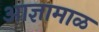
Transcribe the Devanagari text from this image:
आज्ञामाळ